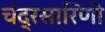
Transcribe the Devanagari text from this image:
चंद्रसारिणी